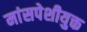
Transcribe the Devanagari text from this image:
मांसपेशीयुक्त